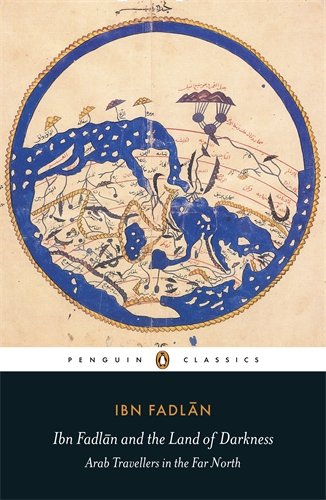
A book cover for Ibn Fadlan and the Land of Darkness: Arab Travellers in the Far North (Penguin Classics); Ibn Fadlan; Travel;